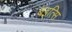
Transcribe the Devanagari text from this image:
बइत्सि